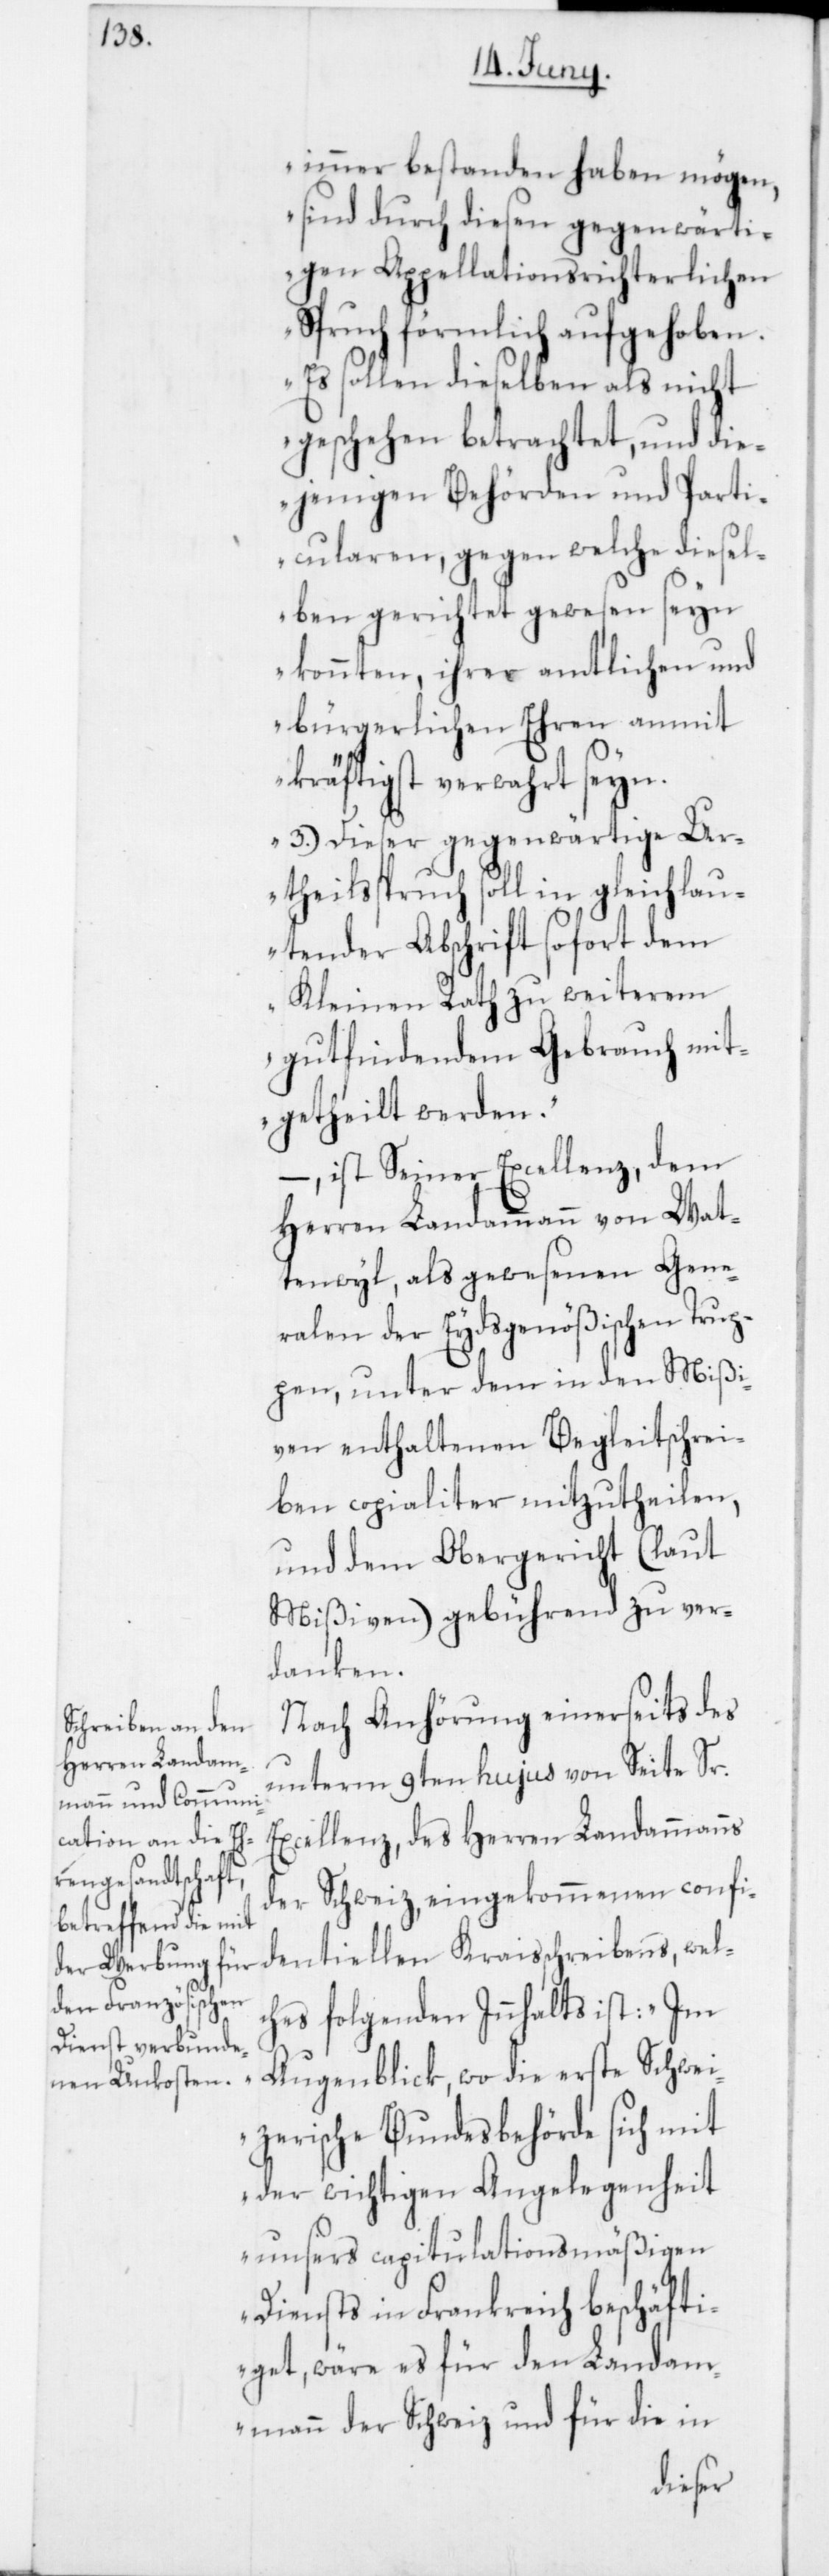
immer bestanden haben mögen,
sind durch diesen gegenwärti¬
gen Appellationsrichterlichen
Spruch förmlich aufgehoben.
Es sollen dieselben als nicht
geschehen betrachtet, und die¬
jenigen Behörden und Parti¬
cularen, gegen welche diesel¬
ben gerichtet gewesen seyn
konnten, ihrer amtlichen und
bürgerlichen Ehren anmit
kräftigst verwahrt seyn.
3. Dieser gegenwärtige U¬
rtheilsspruch soll in gleichlau¬
tender Abschrift sofort dem
Kleinen Rath zu weiterem
gutfindendem Gebrauch mit¬
getheilt werden;“
ist Seiner Excellenz, dem
Herren Landammann von Wat¬
tenwyl, als gewesenen Gene¬
ralen der Eydsgenößischen Trup¬
pen, unter dem in den Mißi¬
ven enthaltenen Begleitschrei¬
ben copialiter mitzutheilen,
und dem Obergericht (laut
Mißiven) gebührend zu ver¬
danken.
Nach Anhörung einerseits des
unterm 9ten hujus von Seite Sr.
Excellenz, des Herren Landammanns
der Schweiz eingekommenen confi¬
dentiellen Kraisschreibens, wel¬
ches folgenden Innhalts ist: „Im
Augenblick, wo die erste Schwei¬
zerische Bundesbehörde sich mit
der wichtigen Angelegenheit
unsers capitulationsmäßigen
Diensts in Frankreich beschäfti¬
get, wäre es für den Landam¬
mann der Schweiz und für die in